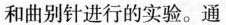
和曲别针进行的实验。通